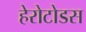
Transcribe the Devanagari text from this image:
हेरोटोडस